Indian journal of veterinary science and animal husbandry - Volume 13,
Year: 1943
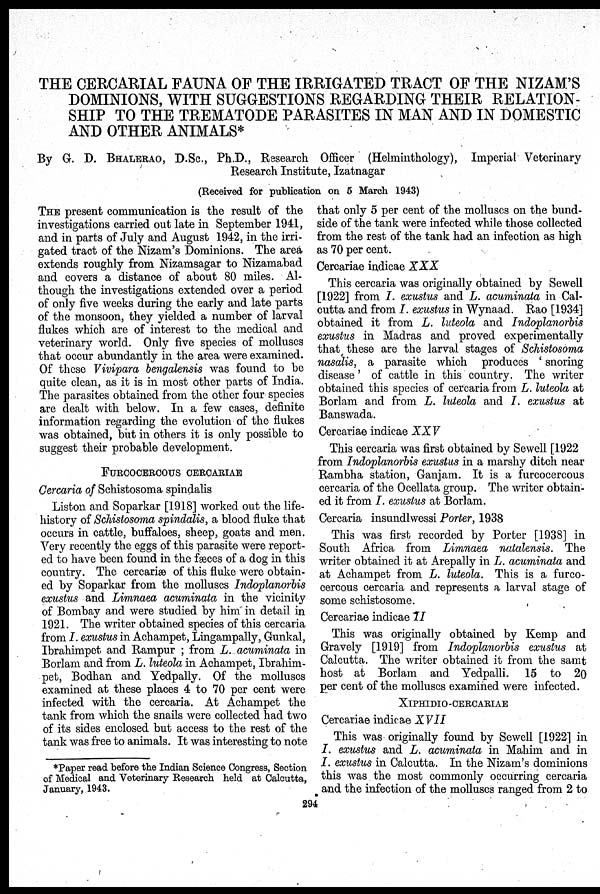
THE CERCARIAL FAUNA OF THE IRRIGATED TRACT OF THE NIZAM'S
DOMINIONS, WITH SUGGESTIONS REGARDING THEIR RELATION-
SHIP TO THE TREMATODE PARASITES IN MAN AND IN DOMESTIC
AND OTHER ANIMALS*
By G. D. BHALERAO, D.Sc., Ph.D., Research Officer (Helminthology), Imperial Veterinary
Research Institute, Izatnagar
(Received for publication on 5 March 1943)
THE present communication is the result of the
investigations carried out late in September 1941,
and in parts of July and August 1942, in the irri-
gated tract of the Nizam's Dominions. The area
extends roughly from Nizamsagar to Nizamabad
and covers a distance of about 80 miles. Al-
though the investigations extended over a period
of only five weeks during the early and late parts
of the monsoon, they yielded a number of larval
flukes which are of interest to the medical and
veterinary world. Only five species of molluscs
that occur abundantly in the area were examined.
Of these Vivipara bengalensis was found to be
quite clean, as it is in most other parts of India.
The parasites obtained from the other four species
are dealt with below. In a few cases, definite
information regarding the evolution of the flukes
was obtained, but in others it is only possible to
suggest their probable development.
FURCOCERCOUS CERCARIAE
Cercaria of Schistosoma spindalis
Liston and Soparkar [1918] worked out the life-
history of Schistosoma spindalis, a blood fluke that
occurs in cattle, buffaloes, sheep, goats and men.
Very recently the eggs of this parasite were report-
ed to have been found in the fæces of a dog in this
country. The cercariæ of this fluke were obtain-
ed by Soparkar from the molluscs Indoplanorbis
exustus and Limnaea acuminata in the vicinity
of Bombay and were studied by him in detail in
1921. The writer obtained species of this cercaria
from I. exustus in Achampet, Lingampally, Gunkal,
Ibrahimpet and Rampur; from L. acuminata in
Borlam and from L. luteola in Achampet, Ibrahim-
pet, Bodhan and Yedpally. Of the molluscs
examined at these places 4 to 70 per cent were
infected with the cercaria. At Achampet the
tank from which the snails were collected had two
of its sides enclosed but access to the rest of the
tank was free to animals. It was interesting to note
that only 5 per cent of the molluscs on the bund-
side of the tank were infected while those collected
from the rest of the tank had an infection as high
as 70 per cent.
Cercariae indicae XXX
This cercaria was originally obtained by Sewell
[1922] from I. exustus and L. acuminata in Cal-
cutta and from I. exustus in Wynaad. Rao [1934]
obtained it from L. luteola and Indoplanorbis
exustus in Madras and proved experimentally
that these are the larval stages of Schistosoma
nasalis, a parasite which produces 'snoring
disease' of cattle in this country. The writer
obtained this species of cercaria from L. luteola at
Borlam and from L. luteola and I. exustus at
Banswada.
Cercariae indicae XXV
This cercaria was first obtained by Sewell [1922
from Indoplanorbis exustus in a marshy ditch near
Rambha station, Ganjam. It is a furcocercous
cercaria of the Ocellata group. The writer obtain-
ed it from I. exustus at Borlam.
Cercaria insundlwessi Porter, 1938
This was first recorded by Porter [1938] in
South Africa from Limnaea natalensis. The
writer obtained it at Arepally in L. acuminata and
at Achampet from L. luteola. This is a furco-
cercous cercaria and represents a larval stage of
some schistosome.
Cercariae indicae II
This was originally obtained by Kemp and
Gravely [1919] from Indoplanorbis exustus at
Calcutta. The writer obtained it from the samt
host at Borlam and Yedpalli. 15 to 20
per cent of the molluscs examined were infected.
XIPHIDIO-CERCARIAE
Cercariae indicae XVII
This was originally found by Sewell [1922] in
I. exustus and L. acuminata in Mahim and in
I. exustus in Calcutta. In the Nizam's dominions
this was the most commonly occurring cercaria
and the infection of the molluscs ranged from 2 to
*Paper read before the Indian Science Congress, Section
of Medical and Veterinary Research held at Calcutta,
January, 1943.
294